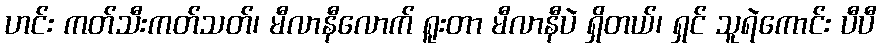
ဟင်း ကတ်သီးကတ်သတ်၊ မီလာနီလောက် ရူးတာ မီလာနီပဲ ရှိတယ်၊ ရှင် သူရဲကောင်း ပီပီ